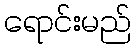
ရောင်းမည်